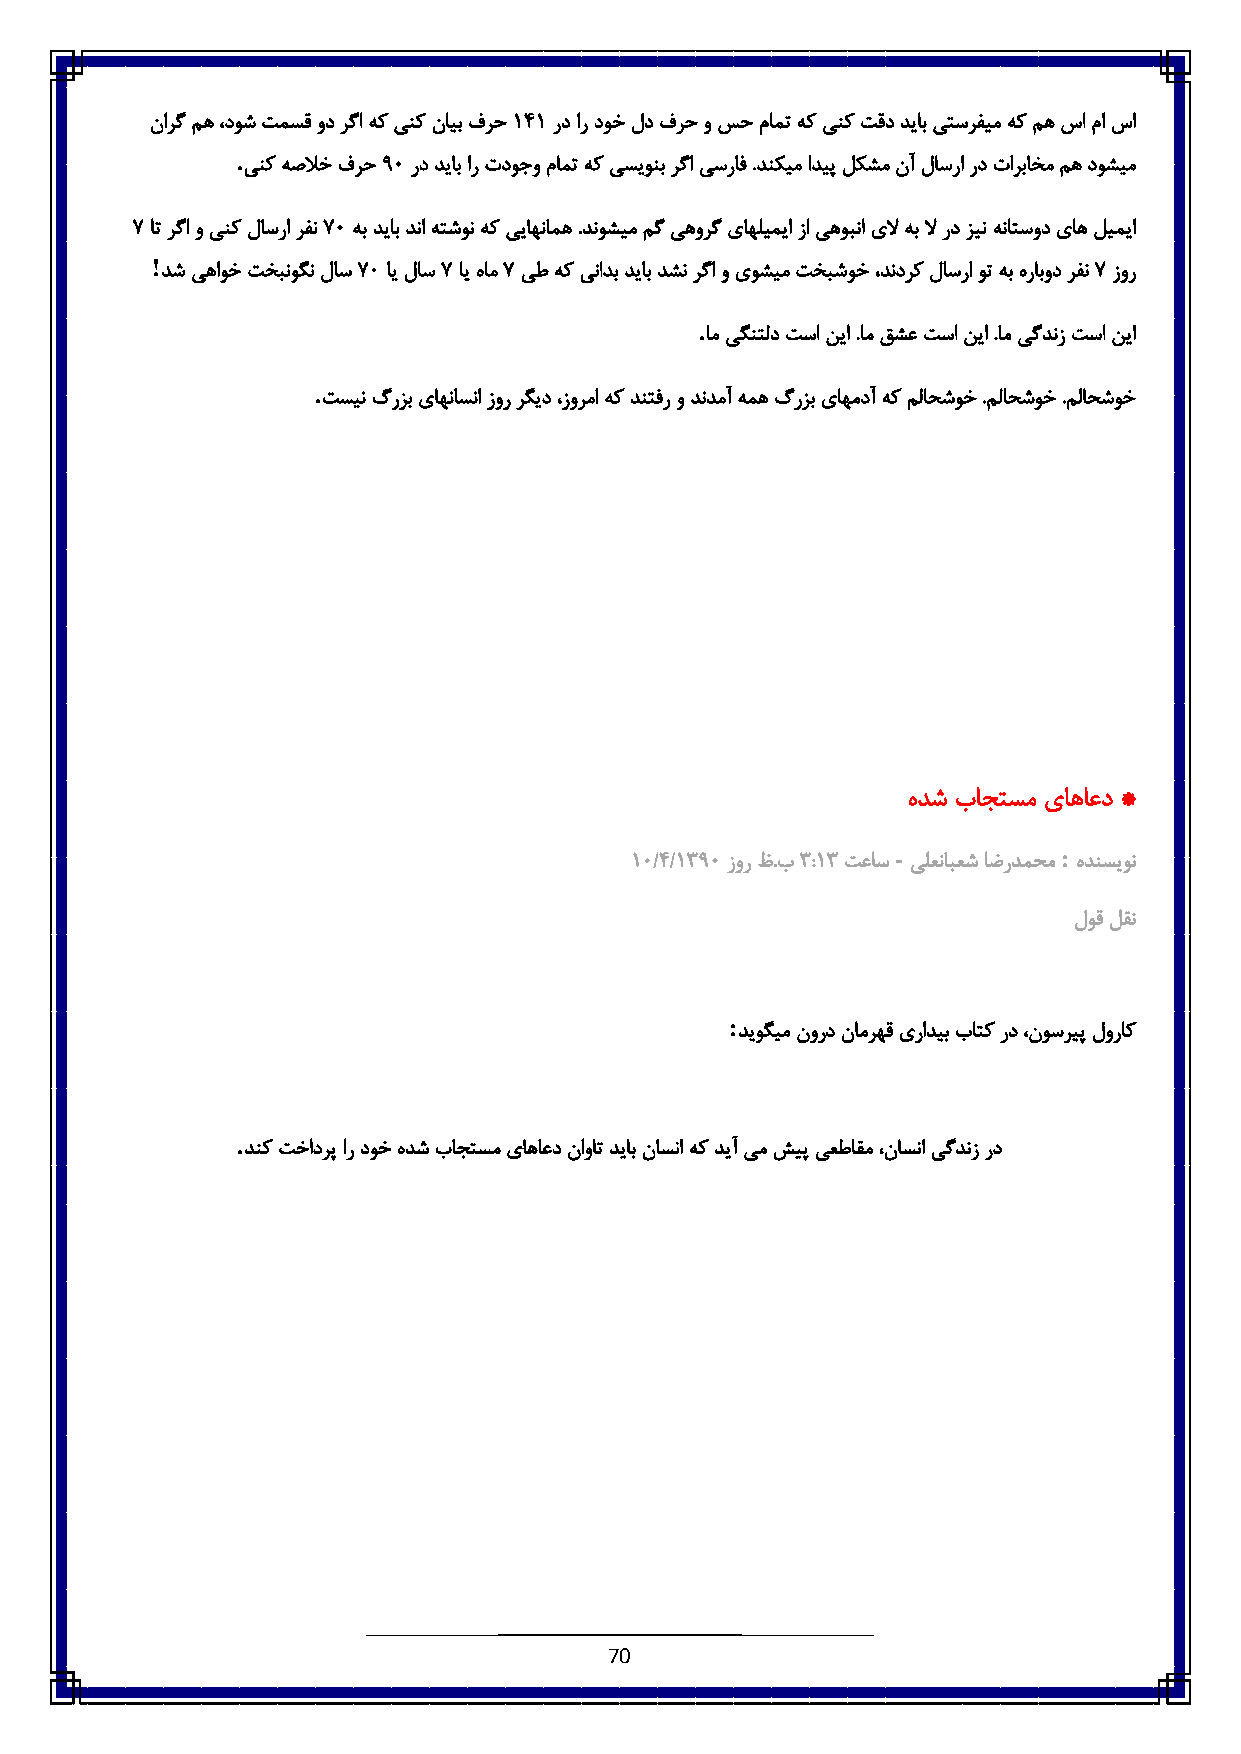
نارگ مه ،دوش تمسق ود رگا هک ینک نایب فرح 6٠6 رد ار دوخ لد فرح و سح مامت هک ینک تقد دیاب یتسرفیم هک مه سا ما سا
 .
 ینک هصلاخ فرح 3٥ رد دیاب ار تدوجو مامت هک یسیونب رگا یسراف .دنکیم ادیپ لکشم نآ لاسرا رد تارباخم مه دوشیم
 ٧ ات رگا و ینک لاسرا رفن ٧٥ هب دیاب دنا هتشون هک ییاهنامه .دنوشیم مگ یهورگ یاهلیمیا زا یهوبنا یلا هب لا رد زین هناتسود یاه لیمیا
 !
 دش یهاوخ تخبنوگن لاس ٧٥ ای لاس ٧ ای هام ٧ یط هک ینادب دیاب دشن رگا و یوشیم تخبشوخ ،دندرک لاسرا وت هب هرابود رفن ٧ زور
 .
 ام یگنتلد تسا نیا .ام قشع تسا نیا .ام یگدنز تسا نیا
 .
 تسین گرزب یاهناسنا زور رگید ،زورما هک دنتفر و دندمآ همه گرزب یاهمدآ هک ملاحشوخ .ملاحشوخ .ملاحشوخ
 هدش باجتسم یاهاعد *
 -          :
 6٥/٠/683٥ زور ظ.ب8 :68 تعاس یلعنابعش اضردمحم هدنسیون
 لوق لقن
 :
 دیوگیم نورد نامرهق یرادیب باتک رد ،نوسریپ لوراک
 .
 دنک تخادرپ ار دوخ هدش باجتسم یاهاعد ناوات دیاب ناسنا هک دیآ یم شیپ یعطاقم ،ناسنا یگدنز رد
 70